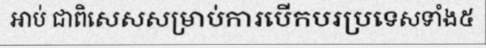
អាប់ ជាពិសេសសម្រាប់ការបើកបរប្រទេសទាំង៥